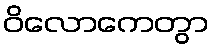
ဝိလောကေတွာ